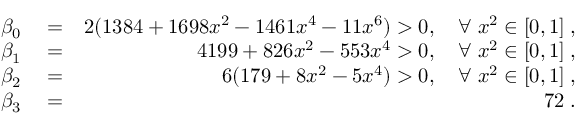
\begin{array} { r l r } { \beta _ { 0 } } & { { } = } & { 2 ( 1 3 8 4 + 1 6 9 8 x ^ { 2 } - 1 4 6 1 x ^ { 4 } - 1 1 x ^ { 6 } ) > 0 , \quad \forall \; x ^ { 2 } \in [ 0 , 1 ] \; , } \\ { \beta _ { 1 } } & { { } = } & { 4 1 9 9 + 8 2 6 x ^ { 2 } - 5 5 3 x ^ { 4 } > 0 , \quad \forall \; x ^ { 2 } \in [ 0 , 1 ] \; , } \\ { \beta _ { 2 } } & { { } = } & { 6 ( 1 7 9 + 8 x ^ { 2 } - 5 x ^ { 4 } ) > 0 , \quad \forall \; x ^ { 2 } \in [ 0 , 1 ] \; , } \\ { \beta _ { 3 } } & { { } = } & { 7 2 \; . } \end{array}